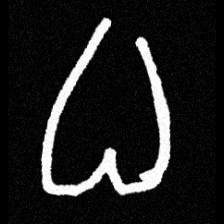
Pyu character \u2014 Myanmar letter: ဓ (romanized: dha)